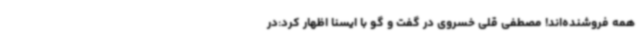
همه فروشنده‌اند! مصطفی قلی خسروی در گفت و گو با ایسنا اظهار کرد:در